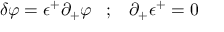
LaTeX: \delta \varphi = \epsilon ^ { + } \partial _ { + } \varphi \; \; \; ; \; \; \; \partial _ { + } \epsilon ^ { + } = 0